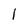
Character: 1